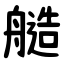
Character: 䒃